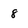
Character: 8